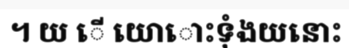
។ យ ើ យោោះទុំងយនោះ